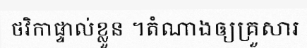
ថវិកាផ្ទាល់ខ្លួន ។តំណាងឲ្យគ្រួសារ